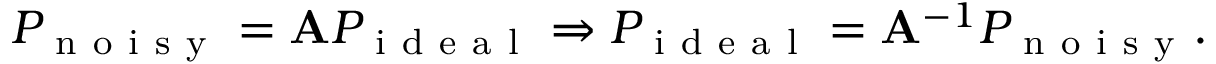
P _ { \mathrm { ~ n ~ o ~ i ~ s ~ y ~ } } = \mathbf { A } P _ { \mathrm { ~ i ~ d ~ e ~ a ~ l ~ } } \Rightarrow P _ { \mathrm { ~ i ~ d ~ e ~ a ~ l ~ } } = \mathbf { A } ^ { - 1 } P _ { \mathrm { ~ n ~ o ~ i ~ s ~ y ~ } } .